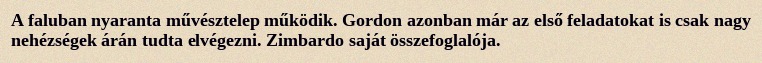
A faluban nyaranta művésztelep működik. Gordon azonban már az első feladatokat is csak nagy nehézségek árán tudta elvégezni. Zimbardo saját összefoglalója.